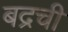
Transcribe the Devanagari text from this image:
बद्रची